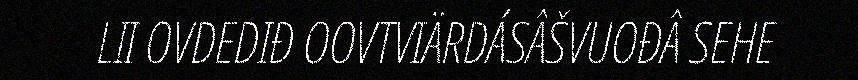
LII OVDEDIĐ OOVTVIÄRDÁSÂŠVUOĐÂ SEHE